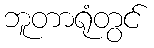
ဘူတာရုံတွင်